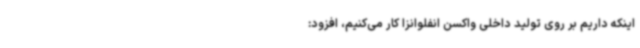
اینکه داریم بر روی تولید داخلی واکسن انفلوانزا کار می‌کنیم، افزود: